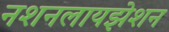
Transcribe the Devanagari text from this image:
नशनलायझेशन